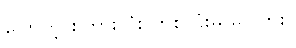
ပြောတဲ့ စကားလုံး တစ်လုံးမှ မပါဘူး။